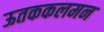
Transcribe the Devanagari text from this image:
ऊतककलमन